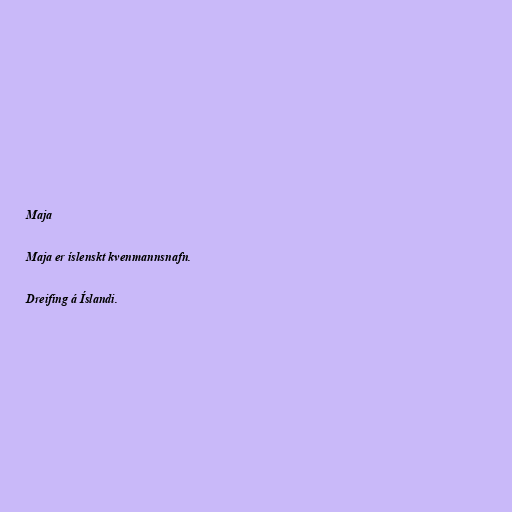
Maja

Maja er íslenskt kvenmannsnafn.

Dreifing á Íslandi.